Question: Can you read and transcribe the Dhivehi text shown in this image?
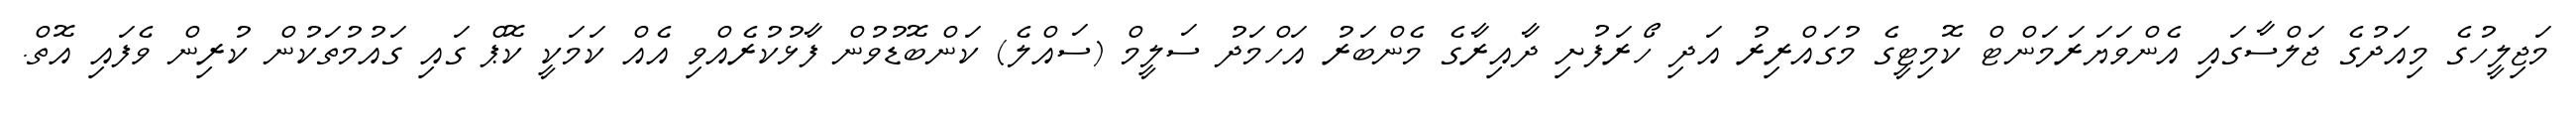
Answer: މަޖިލީހުގެ މިއަދުގެ ޖަލްސާގައި އެންވަޔަރަމަންޓް ކޮމިޓީގެ މުގައްރިރު އަދި ހޯރަފުށި ދާއިރާގެ މެންބަރު އަހްމަދު ސަލީމް (ސައްލެ) ކަންބޮޑުވުން ފާޅުކުރެއްވި އެއް ކަމަކީ ކޮޕް ގައި ގައުމުތަކުން ކުރިން ވެފައި އޮތް.